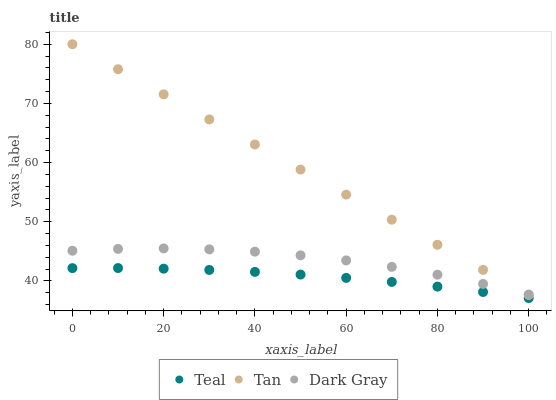
| xaxis_label | Teal | Tan | Dark Gray |
 | --- | --- | --- | --- |
 | 0 | 42.2 | 80 | 45.1 |
 | 10 | 42.2 | 75.8 | 45.4 |
 | 20 | 42.1 | 71.5 | 45.5 |
 | 30 | 41.9 | 67.3 | 45.3 |
 | 40 | 41.5 | 63.1 | 44.9 |
 | 50 | 41.1 | 58.8 | 44.3 |
 | 60 | 40.5 | 54.6 | 43.5 |
 | 70 | 39.8 | 50.3 | 42.4 |
 | 80 | 39 | 46.1 | 41.1 |
 | 90 | 38.1 | 41.9 | 39.5 |
 | 100 | 37.1 | 37.6 | 37.7 |